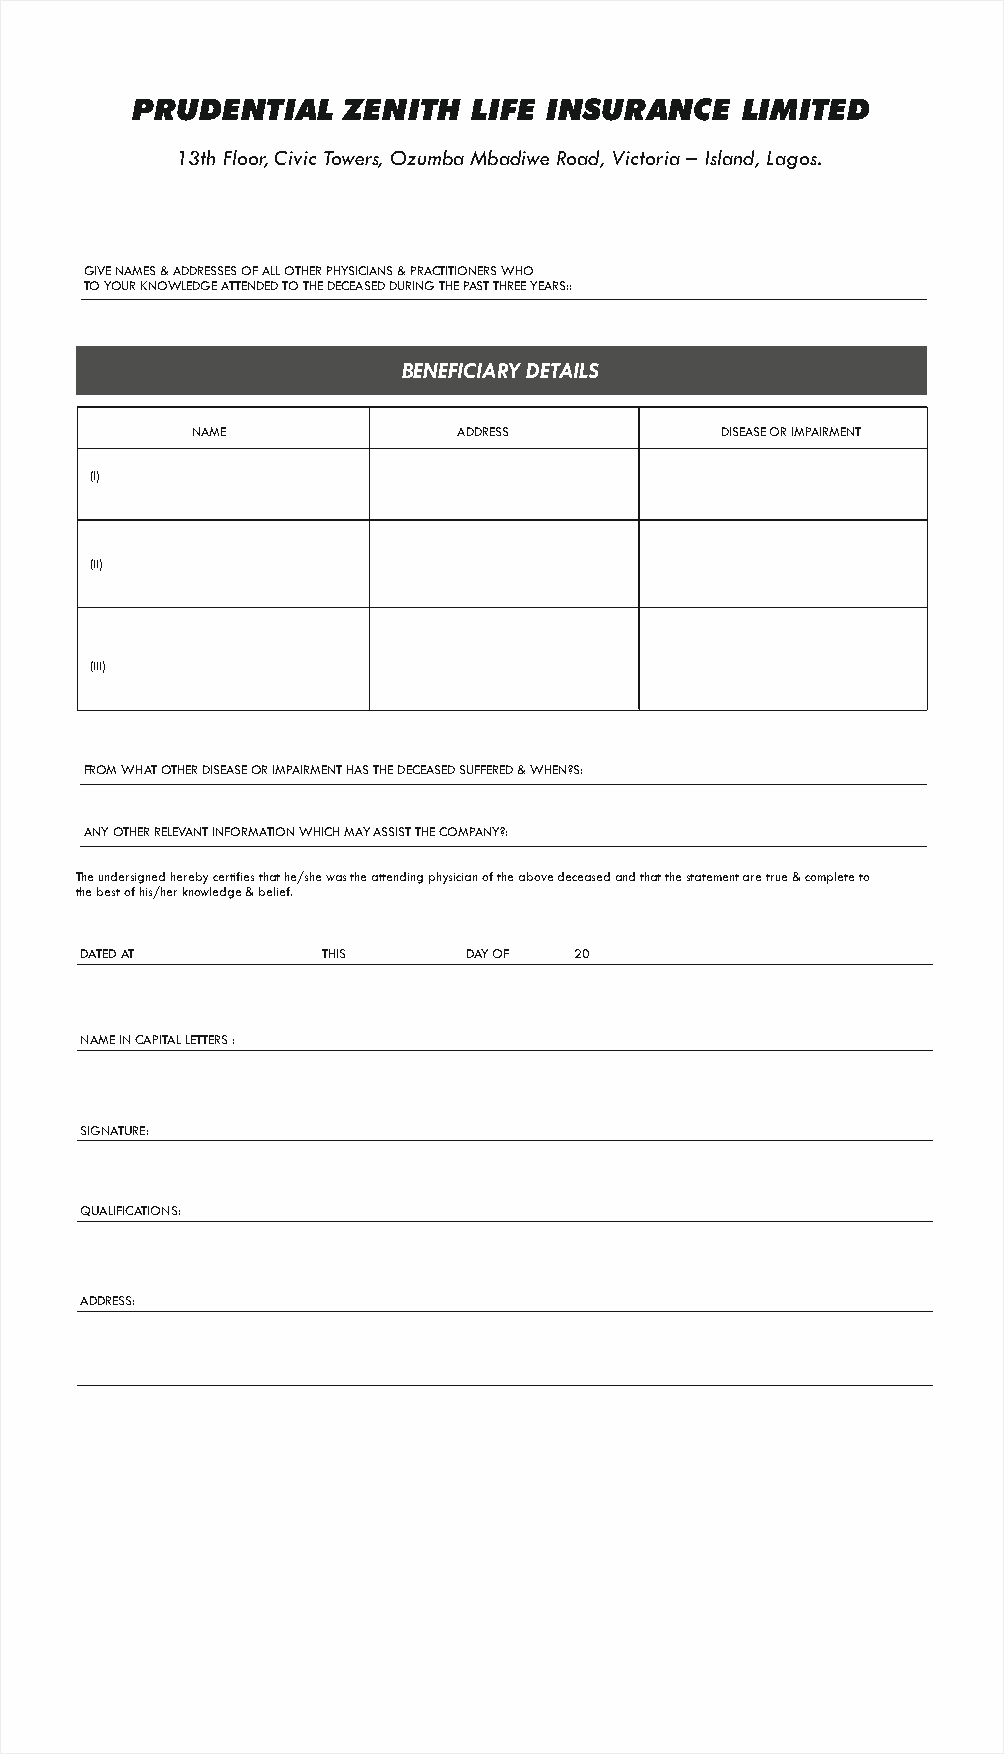
PRUDENTIAL    ZENITH  LIFE INSURANCE    LIMITED
 13th Floor, Civic Towers, Ozumba Mbadiwe Road, Victoria – Island, Lagos.
 GIVE NAMES & ADDRESSES OF ALL OTHER PHYSICIANS & PRACTITIONERS WHO
 TO YOUR KNOWLEDGE ATTENDED TO THE DECEASED DURING THE PAST THREE YEARS::
 BENEFICIARY DETAILS
 NAME             ADDRESS           DISEASE OR IMPAIRMENT
 (I)
 (ii)
 (iii)
 FROM WHAT OTHER DISEASE OR IMPAIRMENT HAS THE DECEASED SUFFERED & WHEN?S:
 ANY OTHER RELEVANT INFORMATION WHICH MAY ASSIST THE COMPANY?:
 The undersigned hereby certifies that he/she was the attending physician of the above deceased and that the statement are true & complete to
 the best of his/her knowledge & belief.
 DATED AT        THIS      DAY OF 20
 NAME IN CAPITAL LETTERS :
 SIGNATURE:
 QUALIFICATIONS:
 ADDRESS: